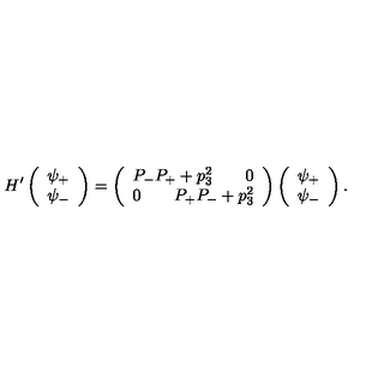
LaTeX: H ^ { \prime } \left( \begin{array} { c } { \psi _ { + } } \\ { \psi _ { - } } \\ \end{array} \right) = \left( \begin{array} { c } { P _ { - } P _ { + } + p _ { 3 } ^ { 2 } \qquad 0 } \\ { 0 \qquad P _ { + } P _ { - } + p _ { 3 } ^ { 2 } } \\ \end{array} \right) \left( \begin{array} { c } { \psi _ { + } } \\ { \psi _ { - } } \\ \end{array} \right) .